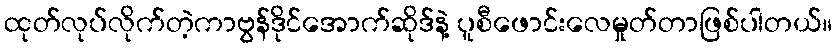
ထုတ်လုပ်လိုက်တဲ့ကာဗွန်ဒိုင်အောက်ဆိုဒ်နဲ့ ပူစီဖောင်းလေမှုတ်တာဖြစ်ပါတယ်။